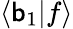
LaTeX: \langle\mathsf{b}_{1}|f\rangle